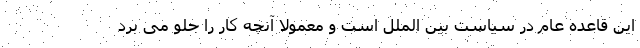
این قاعده عام در سیاست بین الملل است و معمولا آنچه کار را جلو می برد